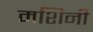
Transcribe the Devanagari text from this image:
मशिनी